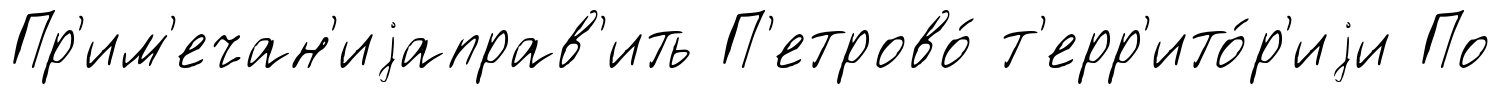
Пр'им'ечан'иjаправ'ить П'етрово́ т'ерр'ито́р'иjи По